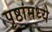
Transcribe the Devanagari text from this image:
पृष्ठांमध्ये